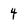
Character: 4